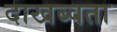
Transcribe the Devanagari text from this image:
दाखब्वता